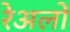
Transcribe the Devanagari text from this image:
रेअलों